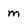
Character: m